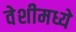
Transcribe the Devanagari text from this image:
वेशीमध्ये